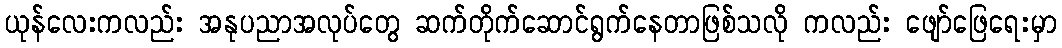
ယုန်လေးကလည်း အနုပညာအလုပ်တွေ ဆက်တိုက်ဆောင်ရွက်နေတာဖြစ်သလို ကလည်း ဖျော်ဖြေရေးမှာ